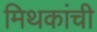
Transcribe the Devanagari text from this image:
मिथकांची